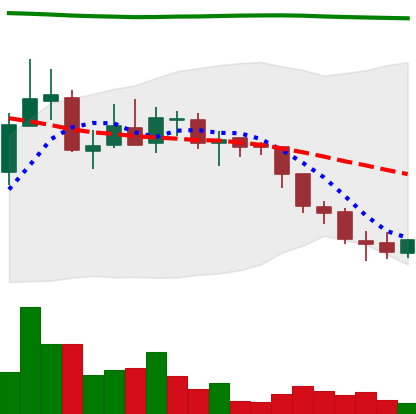
Ticker: ADA-USD
Chart end date: 2018-08-05
Forward return: -11.666%
Label: down_7plus